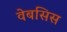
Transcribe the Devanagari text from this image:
वेबसिस